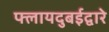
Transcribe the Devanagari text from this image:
फ्लायदुबईद्वारे